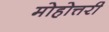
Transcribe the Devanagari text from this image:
मोहोत्तरी